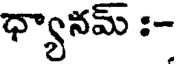
ధ్యానమ్ :-